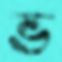
ভ